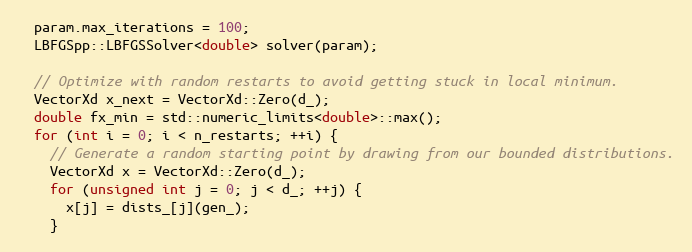
Language: C++
  param.max_iterations = 100;
  LBFGSpp::LBFGSSolver<double> solver(param);

  // Optimize with random restarts to avoid getting stuck in local minimum.
  VectorXd x_next = VectorXd::Zero(d_);
  double fx_min = std::numeric_limits<double>::max();
  for (int i = 0; i < n_restarts; ++i) {
    // Generate a random starting point by drawing from our bounded distributions.
    VectorXd x = VectorXd::Zero(d_);
    for (unsigned int j = 0; j < d_; ++j) {
      x[j] = dists_[j](gen_);
    }